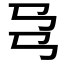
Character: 𢎙